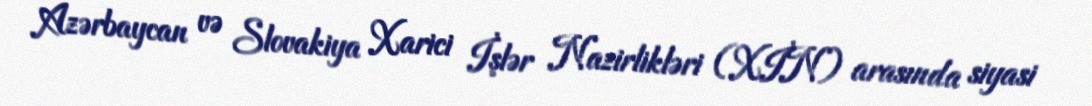
Azərbaycan və Slovakiya Xarici İşlər Nazirlikləri (XİN) arasında siyasi